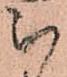
被